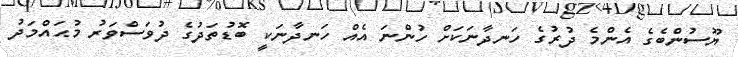
ޔޫސުންބެގެ އެންމެ ދުރުގެ ހަނދާނަކަށް ހުންނަ އެއް ހަނދާނަކީ ބޮޑުތަދުގެ ދުވަސްވަރު މުޙައްމަދު